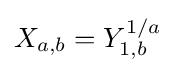
X_{a,b}=Y_{1,b}^{1/a}